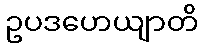
ဥပဒဟေယျာတိ